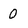
Character: 0